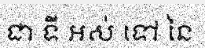
ជា ទី អស់ ទៅ នៃ